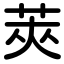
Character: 莢